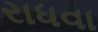
રાધવા